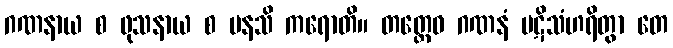
ဂဏနာယ စ ဖုသနာယ စ မနသိ ကရောတိ။ တတ္ထေဝ ဂဏနံ ပဋိသံဟရိတွာ တေ